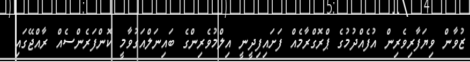
ޒުވާން ވިޔަފާރިވެރިން އުފެއްދުމުގެ ޕްރޮގްރާމެއް ފަށައިފިދީނީ އިލްމުވެރިންގެ ބައިނަލްއަގުވާމީ ކޮންފަރެންސެއް ރާއްޖޭގައި